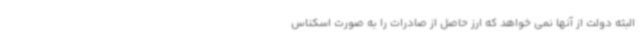
البته دولت از آنها نمی خواهد که ارز حاصل از صادرات را به صورت اسکناس